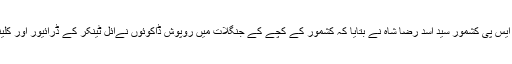
اس سلسلے میں ایس ایس پی کشمور سید اسد رضا شاہ نے بتایا کہ کشمور کے کچے کے جنگلات میں روپوش ڈاکوئوں نےآئل ٹینکر کے ڈرائیور اور کلینر کو اغوا کرلیا تھا۔